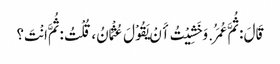
قَالَ : ثُمَّ عُمَرُ. وَخَشِیْتُ أَنْ یَقُوْلَ عُثْمَانُ، قُلْتُ : ثُمَّ انْتَ؟